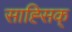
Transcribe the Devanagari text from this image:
साह्सिक्